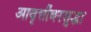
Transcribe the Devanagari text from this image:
आवृत्तींवरसुद्धा